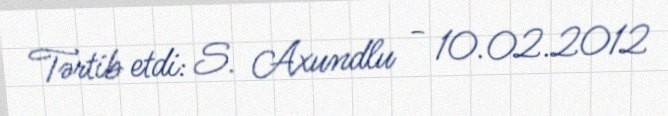
Tərtib etdi: S. Axundlu - 10.02.2012